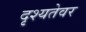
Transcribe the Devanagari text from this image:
दृश्यतेवर